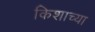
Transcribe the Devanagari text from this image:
किशाच्या